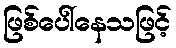
ဖြစ်ပေါ်နေသဖြင့်